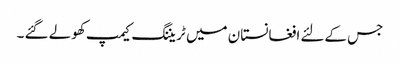
جس کےلئے افغانستان میں ٹریننگ کیمپ کھولے گئے ۔